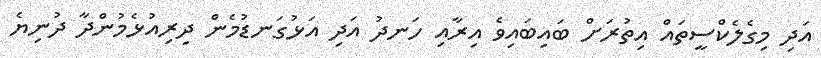
އަދި މިގެލެކްސީތައް އިތުރަށް ބައިބައިވެ އިރާއި ހަނދު އަދި އަޅުގަނޑުމެން ދިރިއުޅެމުންދާ ދުނިޔެ